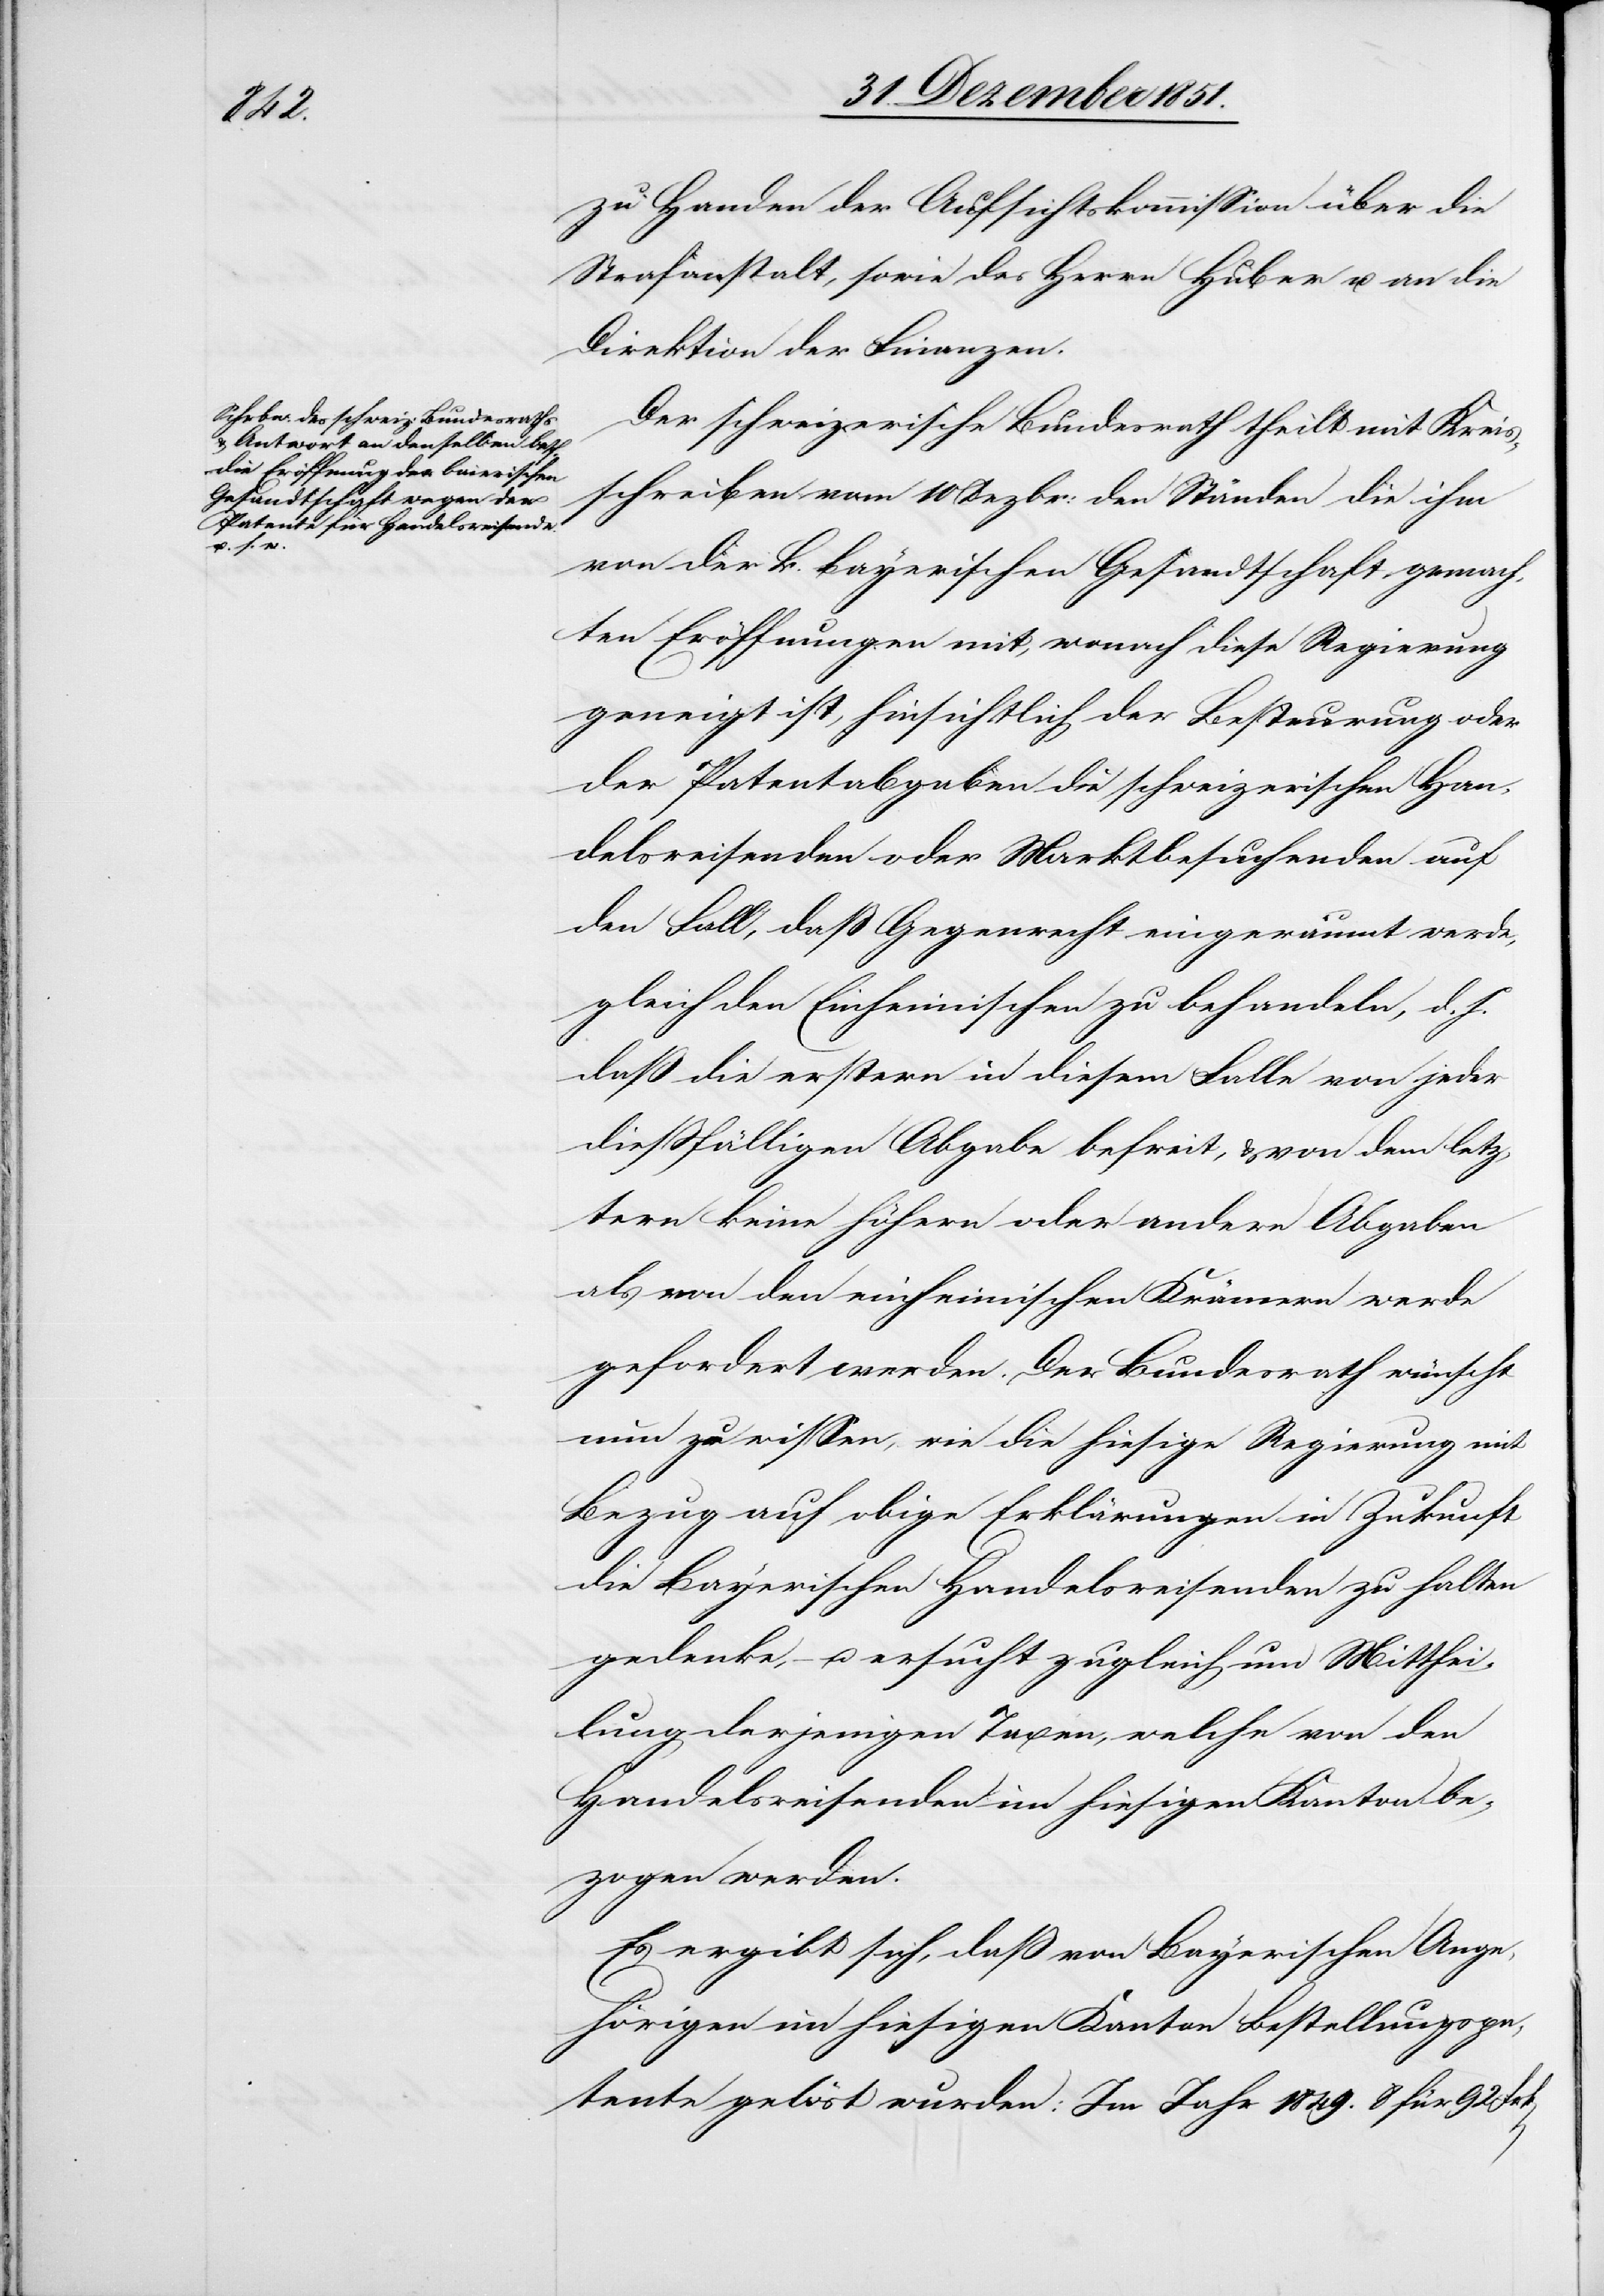
zu Handen der Aufsichtskommission über die
Strafanstalt, sowie des Herrn Huber u. an die
Direktion der Finanzen.
Der schweizerische Bundesrath theilt mit Kreis¬
schreiben vom 10 Dezbr: den Ständen die ihm
von der k. bayerischen Gesandtschaft gemach¬
ten Eröffnungen mit, wonach diese Regierung
geneigt ist, hinsichtlich der Besteurung oder
der Patentabgaben die schweizerischen Han¬
delsreisenden oder Marktbesuchenden auf
den Fall, daß Gegenrecht eingeräumt werde,
gleich den Einheimischen zu behandeln, d. h.
daß die erstern in diesem Falle von jeder
dießfälligen Abgabe befreit, & von dem letz¬
tern keine höhern oder andere Abgaben
als von den einheimischen Krämern werde
gefordert werden. Der Bundesrath wünscht
nun zu wissen, wie die hiesige Regierung mit
Bezug auf obige Erklärungen in Zukunft
die Bayerischen Handelsreisenden zu halten
gedenke, – u. ersucht zugleich um Mitthei¬
lung derjenigen Taxen, welche von den
Handelsreisenden im hiesigen Kanton be¬
zogen werden.
Es ergibt sich, daß von Bayerischen Ange¬
hörigen im hiesigen Kanton Bestellungspa¬
tente gelöst wurden: Im Jahr 1849. 8 für 92